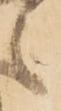
之